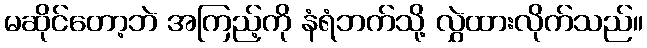
မဆိုင်တော့ဘဲ အကြည့်ကို နံရံဘက်သို့ လွှဲထားလိုက်သည်။